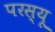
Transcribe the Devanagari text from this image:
परस्यू